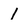
Character: 1